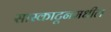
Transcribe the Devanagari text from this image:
सास्काटूनमधील